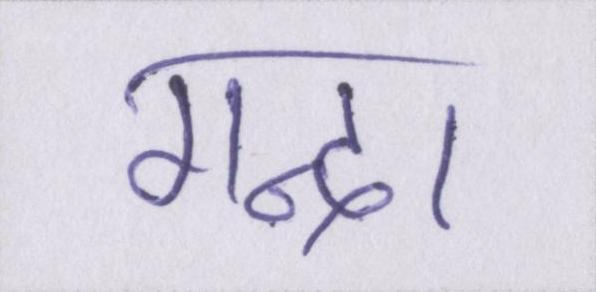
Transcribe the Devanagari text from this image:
गन्दा